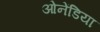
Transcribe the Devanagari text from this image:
ओनेंडिया